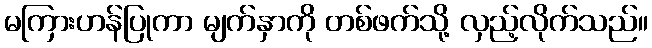
မကြားဟန်ပြုကာ မျက်နှာကို တစ်ဖက်သို့ လှည့်လိုက်သည်။